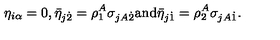
\eta _ { i \alpha } = 0 , \bar { \eta } _ { j \dot { 2 } } = \rho _ { 1 } ^ { A } \sigma _ { j A \dot { 2 } } \mathrm { a n d } \bar { \eta } _ { j \dot { 1 } } = \rho _ { 2 } ^ { A } \sigma _ { j A \dot { 1 } } .